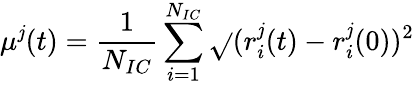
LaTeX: \mu^{\mathit{j}}(t)=\frac{{1}}{{N_{IC}}}\sum_{i=1}^{N_{IC}}\sqrt{}{{(r_{i}^{\mathit{j}}(t)-r_{i}^{\mathit{j}}(0))^{2}}}